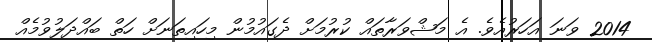
2014 ވަނަ އަހަރުއެވެ. އެ މަޝްވަރާތައް ކުރުމަށް ދެގައުމުން މިހައިތަނަށް ހަތް ބައްދަލުވުމެއް